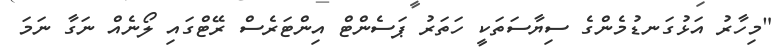
"މިހާރު އަޅުގަނޑުމެންގެ ސިޔާސަތަކީ ހަތަރު ޕަސެންޓް އިންޓަރެސް ރޭޓްގައި ލޯނެއް ނަގާ ނަމަ